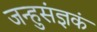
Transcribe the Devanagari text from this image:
जन्हुसंज्ञकं